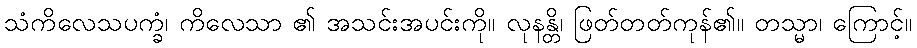
သံကိလေသပက္ခံ၊ ကိလေသာ ၏ အသင်းအပင်းကို။ လုနန္တိ၊ ဖြတ်တတ်ကုန်၏။ တသ္မာ၊ ကြောင့်။